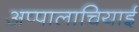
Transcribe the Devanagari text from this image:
अप्पालाचियाई